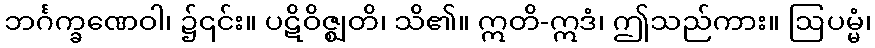
ဘင်္ဂက္ခဏေဝါ၊ ၌၎င်း။ ပဋိဝိဇ္ဈတိ၊ သိ၏။ ဣတိ-ဣဒံ၊ ဤသည်ကား။ ဩပမ္မံ၊